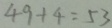
4 9 + 4 = 5 3